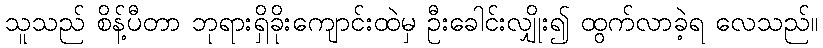
သူသည် စိန့်ပီတာ ဘုရားရှိခိုးကျောင်းထဲမှ ဦးခေါင်းလျှိုး၍ ထွက်လာခဲ့ရ လေသည်။